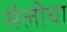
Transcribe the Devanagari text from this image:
सॅलीचा